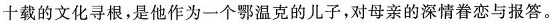
十载的文化寻根，是他作为一个鄂温克的儿子，对母亲的深情眷恋与报答。